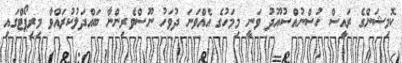
ކޮމިޝަންގެ ރައީސް ހުސްނުއްސުއޫދު ވަނީ މިމަހުގެ އެއްވަނަ ދުވަހު ނޫސްވެރިންނާ ބައްދަލުކުރައްވާ މިރިޕޯޓްގައި